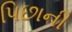
પિછાની